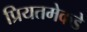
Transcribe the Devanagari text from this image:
प्रियतमेकडे